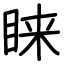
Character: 睐